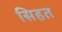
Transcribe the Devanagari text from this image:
सिहत